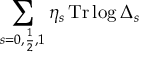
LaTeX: \sum _ { s = 0 , \frac { 1 } { 2 } , 1 } \eta _ { s } \, \mathrm { T r } \log \Delta _ { s }